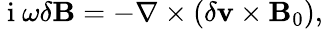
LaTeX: \begin{array}{r}{\mathrm{~i~}\omega\delta\mathbf{B}=-\nabla\times\left(\delta\mathbf{v}\times\mathbf{B}_{0}\right),}\end{array}